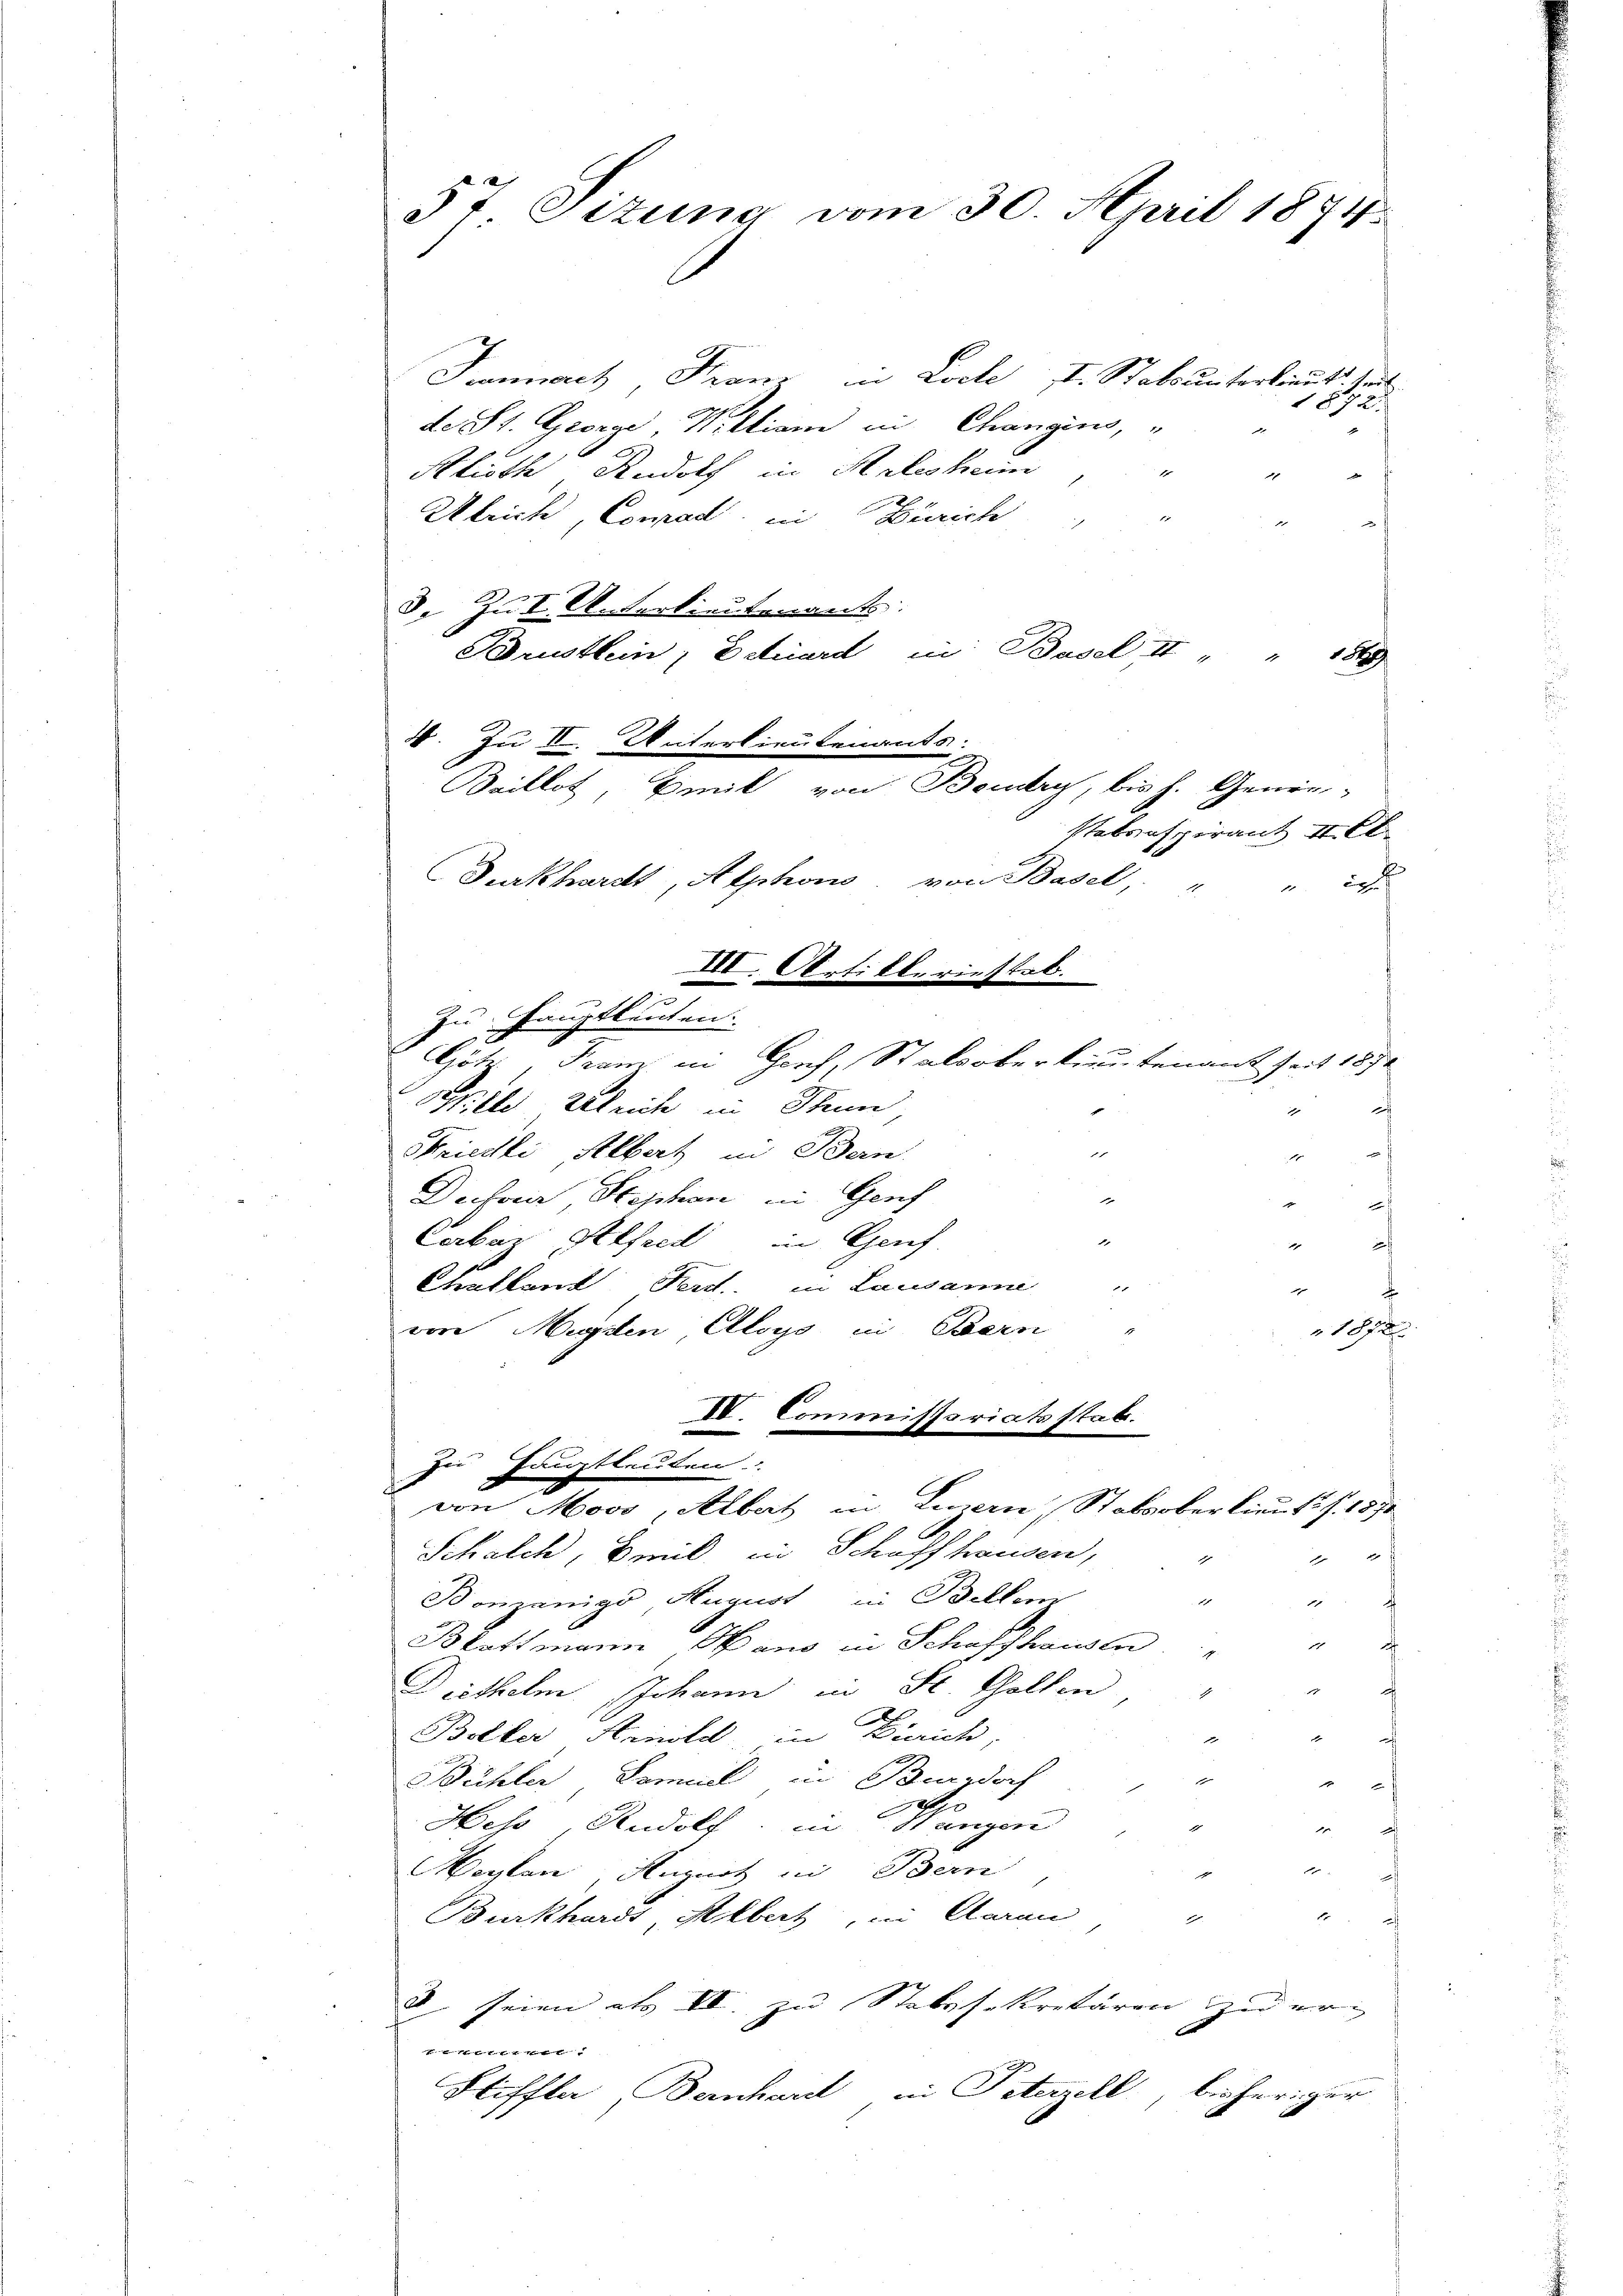
Summarch Franz in Loche II. Stats unterlieutt heut
1892.
de St. George, Wittiam in Changins,
Klioth Rudolf in Arlesheim, " "
Ulrich, Conrad in Zürich " " " "
3. Zur U. Serbietenants:
Brustlein Estriard in Basel II " " 184
stabsaspirant II. Cl
i
zu Hauptleuten.
Götz, Tram in Gorch, Stals oberkinutenant seit 1870
Wille Ulrich in Stein,
d
1
Striedli, Albert in Bern.

Dector Stephan in Genf

f
1
Carbar Alfred in Genf
22 x
Challand Ferd. in Lausanne
e
vore Magsten Aloys in Bern
1872
IV. Commissariatsstab.
zu Hauptleuten.
von Moos, Albert in Luzern, Stabsoberkauf S. 1871
Schalch, Beil in Schaffhausen,
2

e
Bonzänigs, August in Bellen
u.
2
Blattmann, Okans in Schaffhausle
Diethelm Johann in St. Gallen
x
Bolter Hinte, in Zürich,

d
d
Bühler Samuel in Berdorf
2
Hess, Rudolf, in Wangen
1

Meglen, August in Bern
Burkhardt, Albert, in Claren
.
e
 seien als VV. zu Stabssekretären zu er
e
Stiffte, Bernhard in Peterzell, bisheriger

57 Situng vom 30. April 1874.

4. Zu II. Unterlieutenants.
Surkhardt, Alphon, von Basel, "
III. Artilleriestab.
i

Baillot, Emil von Boudry, bis h. Gener